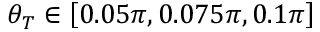
\theta _ { T } \in \left[ 0 . 0 5 \pi , 0 . 0 7 5 \pi , 0 . 1 \pi \right]